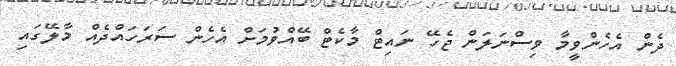
ދެން އެހެންވީމާ ވިސްނަލަން ޖެހޭ ނައިޓް މާކެޓް ބޭއްވުމަށް އެހެން ސަރަހައްދެއް މާލޭގައި